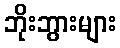
ဘိုးဘွားများ